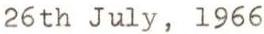
26th July, 1966